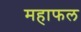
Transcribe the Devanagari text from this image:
महाफल